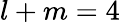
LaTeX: l+m=4